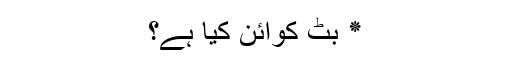
٭ بِٹ کوائن کیا ہے؟